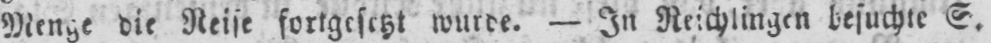
Menge die Reise fortgesetzt wurde. - In Reichlingen besuchte S.